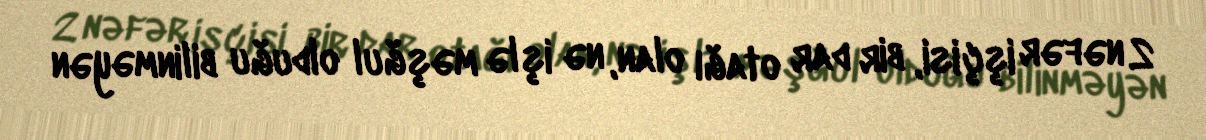
2 nəfər işçisi, bir dar otağı olan, nə işlə məşğul olduğu bilinməyən